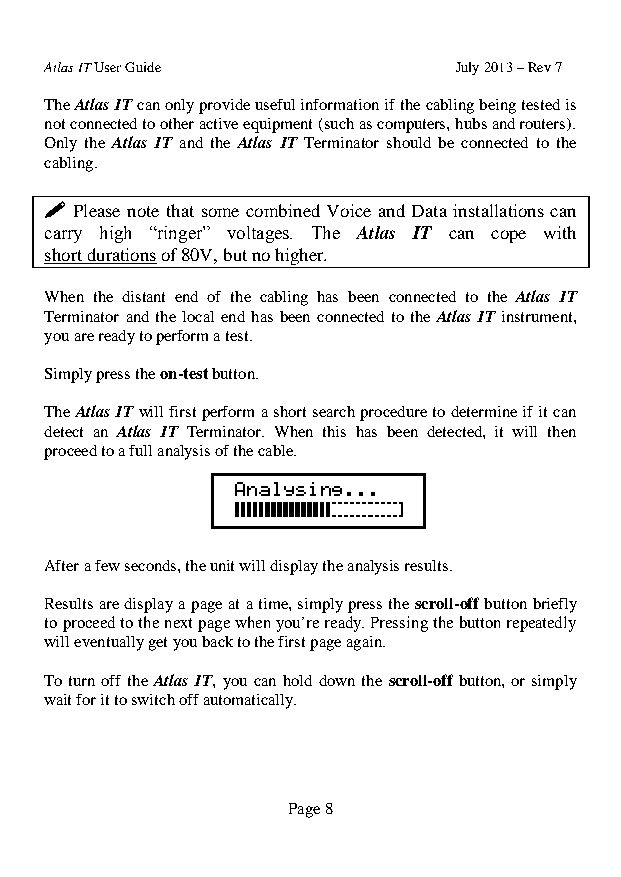
Atlas IT User Guide        July 2013 – Rev 7
 The Atlas IT can only provide useful information if the cabling being tested is
 not connected to other active equipment (such as computers, hubs and routers).
 Only the Atlas IT and the Atlas IT Terminator should be connected to the
 cabling.
  Please note that some combined Voice and Data installations can
 carry high “ringer” voltages. The Atlas IT can cope with
 short durations of 80V, but no higher.
 When the distant end of the cabling has been connected to the Atlas IT
 Terminator and the local end has been connected to the Atlas IT instrument,
 you are ready to perform a test.
 Simply press the on-test button.
 The Atlas IT will first perform a short search procedure to determine if it can
 detect an Atlas IT Terminator. When this has been detected, it will then
 proceed to a full analysis of the cable.
 After a few seconds, the unit will display the analysis results.
 Results are display a page at a time, simply press the scroll-off button briefly
 to proceed to the next page when you’re ready. Pressing the button repeatedly
 will eventually get you back to the first page again.
 To turn off the Atlas IT, you can hold down the scroll-off button, or simply
 wait for it to switch off automatically.
 Page 8